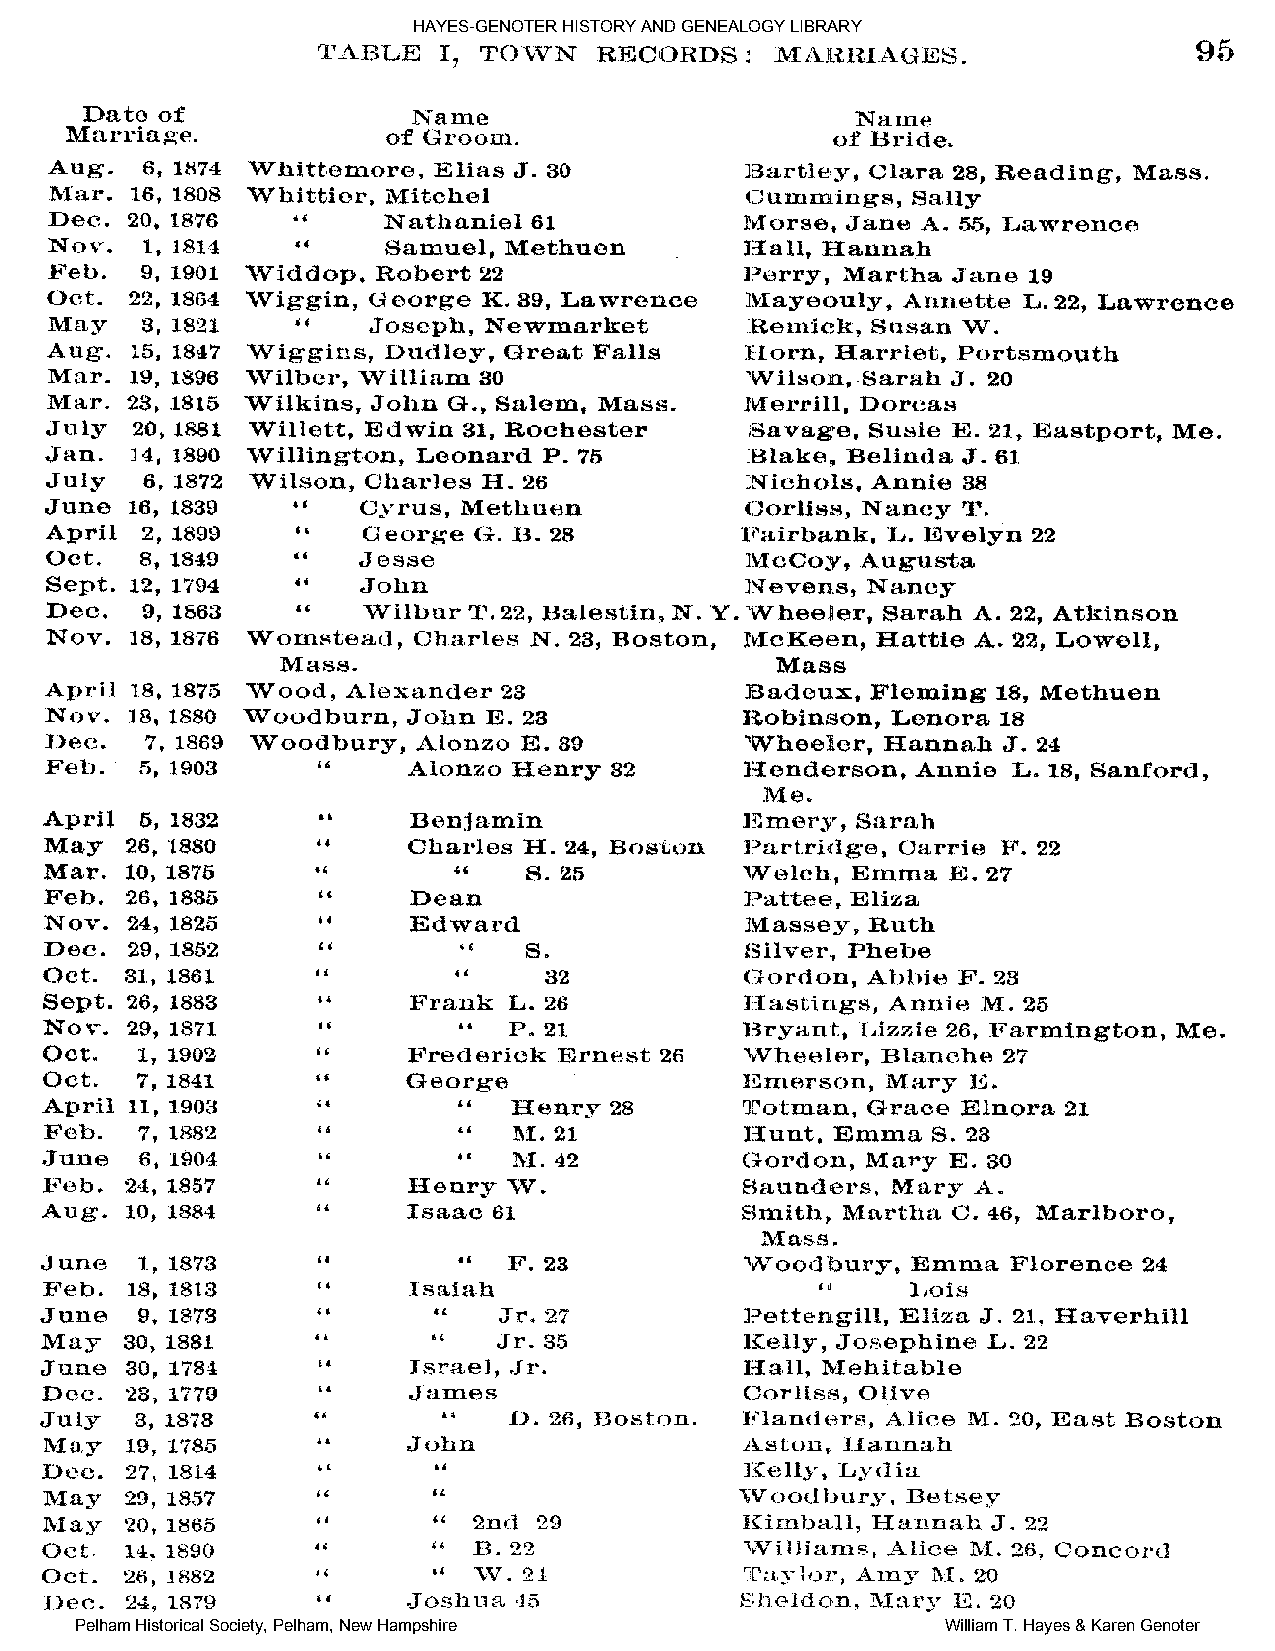
HAYES-GENOTER HISTORY AND GENEALOGY LIBRARY
 Pelham Historical Society, Pelham, New Hampshire          William T. Hayes & Karen Genoter